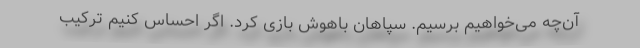
آن‌چه می‌خواهیم برسیم. سپاهان باهوش بازی کرد. اگر احساس کنیم ترکیب